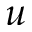
u